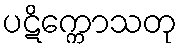
ပဋိက္ကောသတု